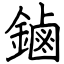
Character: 鏀